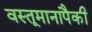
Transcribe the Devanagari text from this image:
वस्तूमानापैकी